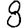
Digit: 8